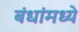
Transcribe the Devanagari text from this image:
बंधांमध्ये